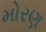
મોરણ